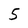
Character: 5